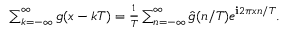
\begin{array} { r } { \sum _ { k = - \infty } ^ { \infty } g ( x - k T ) = \frac { 1 } { T } \sum _ { n = - \infty } ^ { \infty } \hat { g } ( n / T ) e ^ { \mathbf { i } 2 \pi x n / T } . } \end{array}